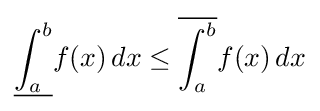
{\underline {\int _{a}^{b}}}f(x)\,dx\leq {\overline {\int _{a}^{b}}}f(x)\,dx